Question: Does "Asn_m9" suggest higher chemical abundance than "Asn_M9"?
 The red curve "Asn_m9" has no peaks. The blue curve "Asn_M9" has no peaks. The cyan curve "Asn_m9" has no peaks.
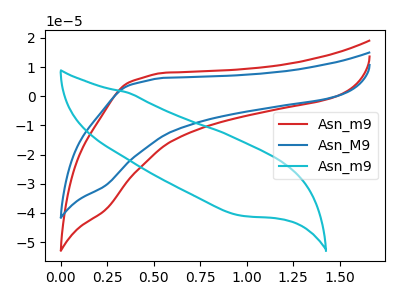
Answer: <think>Neither "Asn_m9" or "Asn_M9" have any peaks.
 </think>
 <answer>I cant tell if "Asn_m9" or "Asn_M9" has more signal.</answer>
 <eval>mixed_signal</eval>